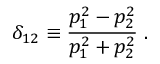
\delta _ { 1 2 } \equiv \frac { p _ { 1 } ^ { 2 } - p _ { 2 } ^ { 2 } } { p _ { 1 } ^ { 2 } + p _ { 2 } ^ { 2 } } \; .